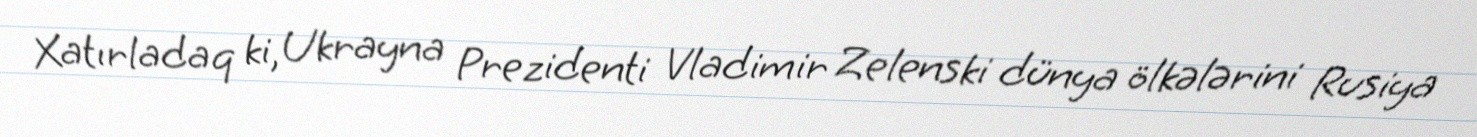
Xatırladaq ki, Ukrayna Prezidenti Vladimir Zelenski dünya ölkələrini Rusiya